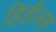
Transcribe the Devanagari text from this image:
डिडीअस